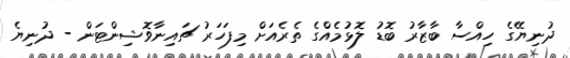
ދުނިޔޭގެ ހިއްސާ ބާޒާރު ބޮޑު ލޮޅުމެއްގެ ތެރެއަށް މިފަހަރު ޗައިނާވޮޝިންޓަން - ދުނިޔެ